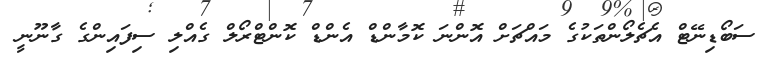
ސަބޯޑިނޭޓް އެޗެލޯންތަކުގެ މައްޗަށް އޮންނަ ކޮމާންޑް އެންޑް ކޮންޓްރޯލް ގެއްލި ސިފައިންގެ ގާނޫނީ